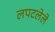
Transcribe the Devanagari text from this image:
लपटलेले